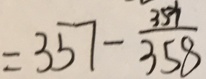
= 3 5 7 - \frac { 3 5 7 } { 3 5 8 }